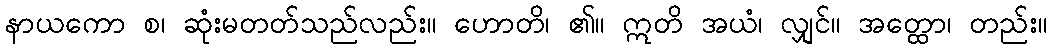
နာယကော စ၊ ဆုံးမတတ်သည်လည်း။ ဟောတိ၊ ၏။ ဣတိ အယံ၊ လျှင်။ အတ္ထော၊ တည်း။